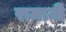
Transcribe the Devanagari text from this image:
रामानी